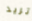
تريد